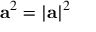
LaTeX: { \mathbf { a } } ^ { 2 } = { \left| \mathbf { a } \right| } ^ { 2 }